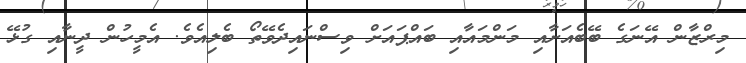
މިރްޒާން އޭނަގެ ބޭބެއަށާއި މަންމައާއި ބައްޕައަށް ވިސްނައިދެވޭތޯ ބެލިއެވެ. އެމީހުން ދީނާއި ގުޅޭ